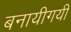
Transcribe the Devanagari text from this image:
बनायीगयी